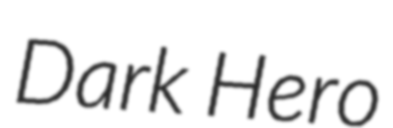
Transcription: Dark Hero